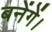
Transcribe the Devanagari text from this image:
बनेंगें।